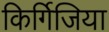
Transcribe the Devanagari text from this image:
किर्गिजिया